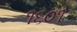
૧૬૦૧